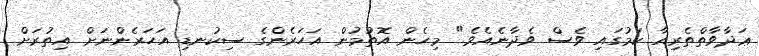
ޢަދާވާތްތެރިއާ ކަމުގައި ވެސް ވެދާނެއެވެ." މިހެން އޮތުމުން އަހަރެންގެ ސިކުނޑި އަހަރެންނަށް އިތުރަށް